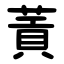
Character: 䔈